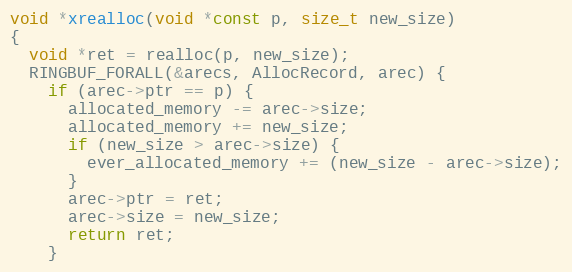
Language: C
void *xrealloc(void *const p, size_t new_size)
{
  void *ret = realloc(p, new_size);
  RINGBUF_FORALL(&arecs, AllocRecord, arec) {
    if (arec->ptr == p) {
      allocated_memory -= arec->size;
      allocated_memory += new_size;
      if (new_size > arec->size) {
        ever_allocated_memory += (new_size - arec->size);
      }
      arec->ptr = ret;
      arec->size = new_size;
      return ret;
    }